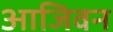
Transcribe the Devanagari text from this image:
आजिवन